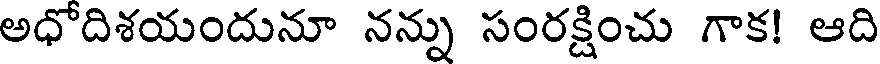
అధోదిశయందునూ నన్ను సంరక్షించు గాక! ఆది